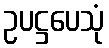
ဥပဋ္ဌပေသုံ